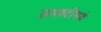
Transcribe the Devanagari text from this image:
राजवटीमधे